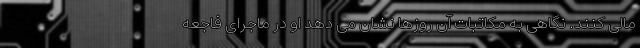
مالی کنند. نگاهی به مکاتبات آن روزها نشان می دهد او در ماجرای فاجعه